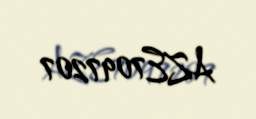
AZE7097207